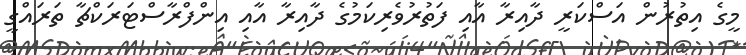
މީގެ އިތުރުން އަސްކަރީ ދާއިރާ އާއި ފަތުރުވެރިކަމުގެ ދާއިރާ އާއި އިންފްރާސްޓަރަކްޗާ ތަރައްގީ